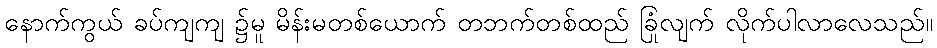
နောက်ကွယ် ခပ်ကျကျ ၌မူ မိန်းမတစ်ယောက် တဘက်တစ်ထည် ခြုံလျက် လိုက်ပါလာလေသည်။